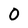
Character: 0